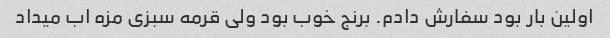
اولین بار بود سفارش دادم. برنج خوب بود ولی قرمه سبزی مزه اب میداد